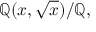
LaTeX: \mathbb { Q } ( x , { \sqrt { x } } ) / \mathbb { Q } ,